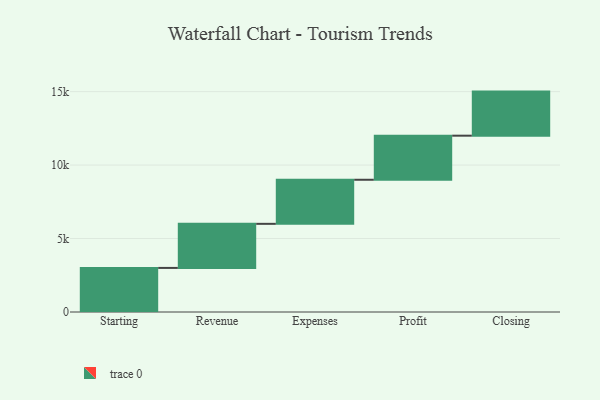
{"axis": {"x": "Step", "y": "Value"}, "legend": [""], "data": [{"x": "Starting", "y": 3000, "type": ""}, {"x": "Revenue", "y": 3000, "type": ""}, {"x": "Expenses", "y": 3000, "type": ""}, {"x": "Profit", "y": 3000, "type": ""}, {"x": "Closing", "y": 3000, "type": ""}]}